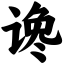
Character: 谗